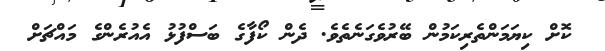
ކޮށް ކިޔަމަންތެރިކަމުން ބޭރުވެގަނެތެވެ. ދެން ކޯފާގެ ބަސްފުޅު އެއުރެންގެ މައްޗަށް